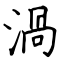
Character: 渦